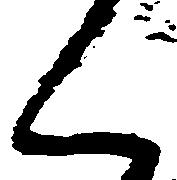
く